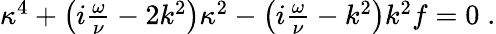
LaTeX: \begin{array}{r}{\kappa^{4}+\left(i\frac{\omega}{\nu}-2k^{2}\right)\kappa^{2}-\left(i\frac{\omega}{\nu}-k^{2}\right)k^{2}f=0\; .}\end{array}